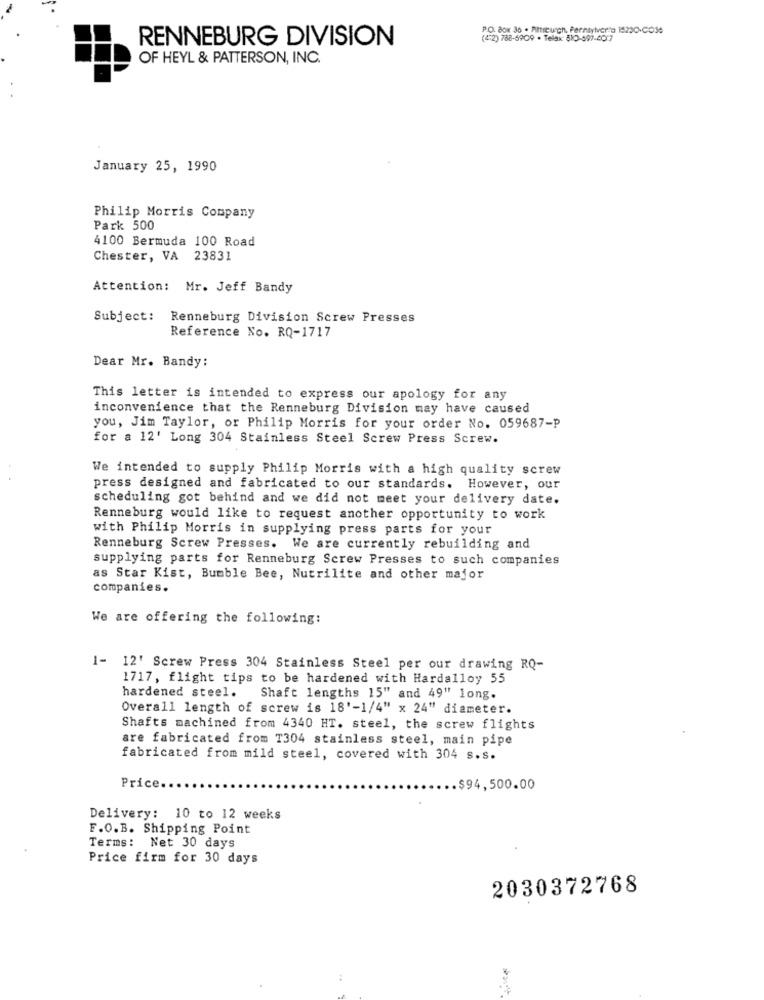
P.O. Box 36 . Pittiturch. Perntylver"a 15230-CO36
RENNEBURG DIVISION
(4:2) 788-6909 . Telax: 510-497-40:7
OF HEYL & PATTERSON, INC.
January 25, 1990
Philip Morris Company
Park 500
4100 Bermuda 100 Road
Chester, VA 23831
Attention: Mr. Jeff Bandy
Subject:
Renneburg Division Screw Presses
Reference No. RQ-1717
Dear Mr. Bandy:
This letter is intended to express our apology for any
inconvenience that the Renneburg Division may have caused
you, Jim Taylor, or Philip Morris for your order No. 059687-P
for a 12' Long 304 Stainless Steel Screw Press Screw.
We intended to supply Philip Morris with a high quality screw
press designed and fabricated to our standards. However, our
scheduling got behind and we did not meet your delivery date.
Renneburg would like to request another opportunity to work
with Philip Morris in supplying press parts for your
Renneburg Screw Presses. We are currently rebuilding and
supplying parts for Renneburg Screw Presses to such companies
as Star Kist, Bumble Bee, Nutrilite and other major
companies.
We are offering the following:
1- 12' Screw Press 304 Stainless Steel per our drawing RQ-
1717, flight tips to be hardened with Hardalloy 55
hardened steel.
Shaft lengths 15" and 49" long.
Overall length of screw is 18'-1/4" x 24" diameter.
Shafts machined from 4340 HT. steel, the screw flights
are fabricated from T304 stainless steel, main pipe
fabricated from mild steel, covered with 304 s.s.
Price.
$94,500.00
Delivery: 10 to 12 weeks
F.O.B. Shipping Point
Terms: Net 30 days
Price firm for 30 days
2030372768